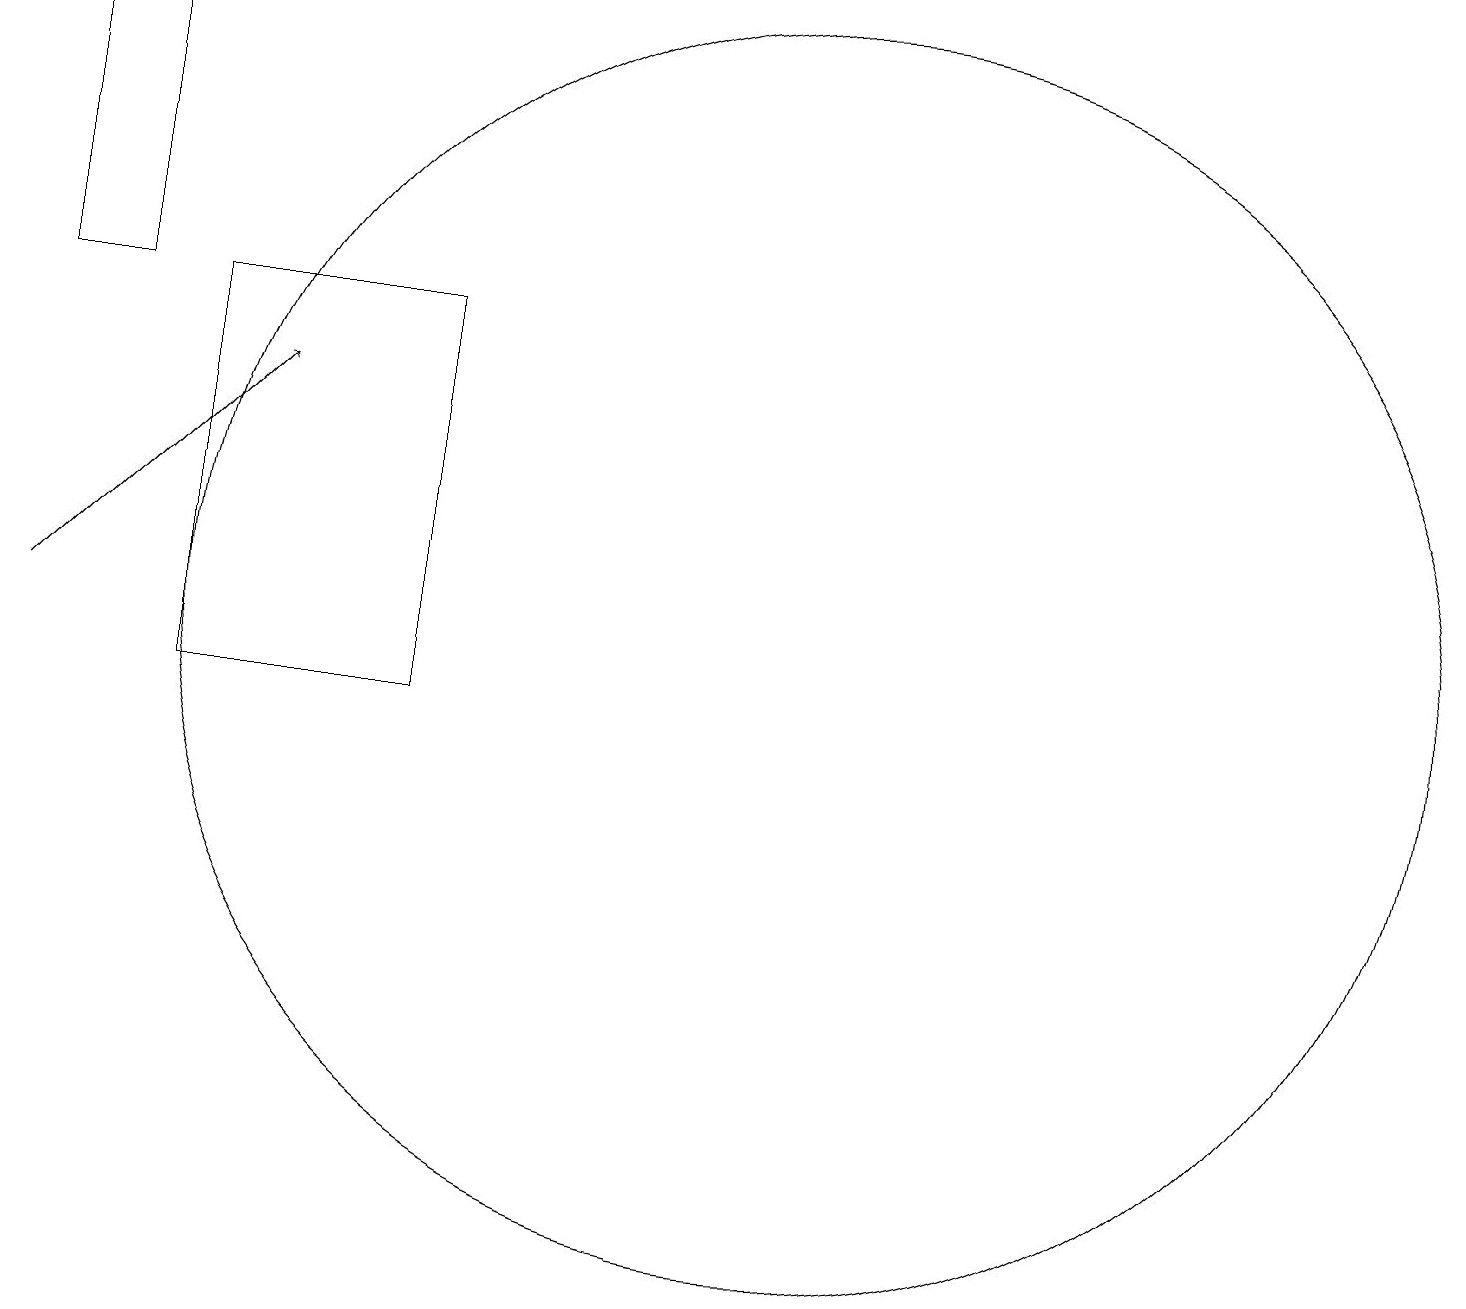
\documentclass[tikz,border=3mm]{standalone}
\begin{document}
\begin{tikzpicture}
\draw (6,10) rectangle (3,15);
\draw (1,19) rectangle (2,15);
\draw (11,11) circle (8);
\draw[->] (1,11) -- (4,14);
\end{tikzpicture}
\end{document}